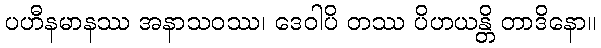
ပဟီနမာနဿ အနာသဝဿ၊ ဒေဝါပိ တဿ ပိဟယန္တိ တာဒိနော။